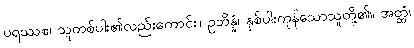
ပရဿစ၊ သူတစ်ပါး၏လည်းကောင်း။ ဥဘိန္နံ၊ နှစ်ပါးကုန်သောသူတို့၏။ အတ္ထံ၊